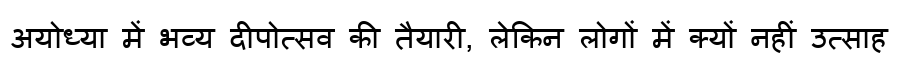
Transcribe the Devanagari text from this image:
अयोध्या में भव्य दीपोत्सव की तैयारी, लेकिन लोगों में क्यों नहीं उत्साह